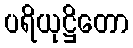
ပရိယုဋ္ဌိတော